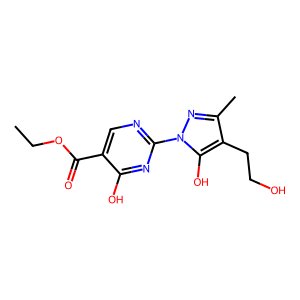
SMILES: CCOC(=O)c1cnc(-n2nc(C)c(CCO)c2O)nc1O
Inhibits HIV replication: No